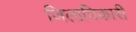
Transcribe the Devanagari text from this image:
जिलाघिकारी